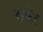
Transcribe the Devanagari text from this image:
स्फेर